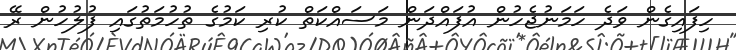
ހިފައިގެން ވަދެ ހަމަނުޖެހުން އުފައްދަން މަސައްކަތް ކުރި ކަމުގެ ތުހުމަތުގައި ފުލުހުން ރޭ